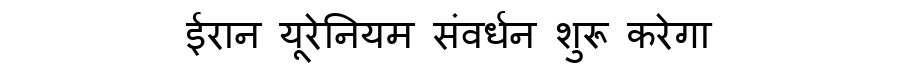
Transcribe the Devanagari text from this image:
ईरान यूरेनियम संवर्धन शुरू करेगा